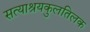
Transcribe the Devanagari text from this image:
सत्याश्रयकुलतिलक